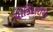
ચોકિદારોએ